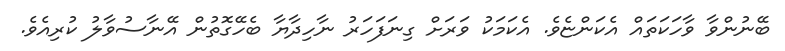
ބޭނުންވާ ވާހަކަތައް އެކަންޏެވެ. އެކަމަކު ވަރަށް ގިނަފަހަރު ނާހިދާޔާ ބެހޭގޮތުން އޭނާސުވާލު ކުރިއެވެ.